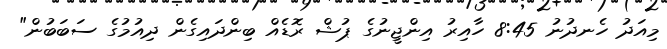
މިއަދު ހެނދުނު 8:45 ހާއިރު އިންޖީނުގެ ޕުޝް ރޮޑެއް ބިންދައިގެން ދިއުމުގެ ސަބަބުން"